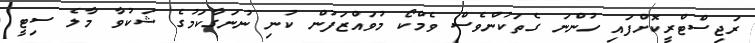
ރަޖިސްޓްރީކޮށްފައި ހުންނަ ގެތަކުންވެސް ވެމްކޯ މުވައްޒަފުން ކުނި ނުނަގާކަމުގެ ޝަކުވާ މާލެ ސިޓީ